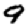
Digit: 9